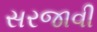
સરજાવી